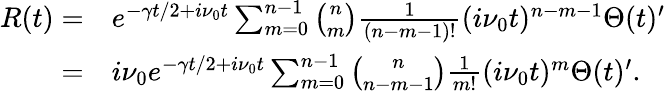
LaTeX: \begin{array}{rl}{R(t)=}&{{}e^{-\gamma t/2+i\nu_{0}t}\sum_{m=0}^{n-1}\binom{n}{m}\frac{1}{(n-m-1)!}(i\nu_{0}t)^{n-m-1}\Theta(t)^{\prime}}\\ {=}&{{}i\nu_{0}e^{-\gamma t/2+i\nu_{0}t}\sum_{m=0}^{n-1}\binom{n}{n-m-1}\frac{1}{m!}(i\nu_{0}t)^{m}\Theta(t)^{\prime}.}\end{array}